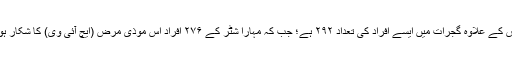
اترپردیش کے علاوہ گجرات میں ایسے افراد کی تعداد ۲۹۲ ہے؛ جب کہ مہارا شٹر کے ۲۷۶ افراد اس موذی مرض (ایچ آئی وی) کا شکار ہوئے ہیں۔